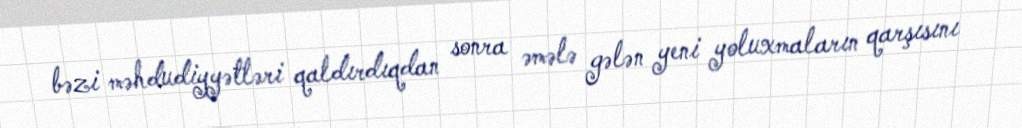
bəzi məhdudiyyətləri qaldırdıqdan sonra əmələ gələn yeni yoluxmaların qarşısını